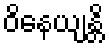
ဝိနေယျန္တိ